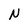
Character: N